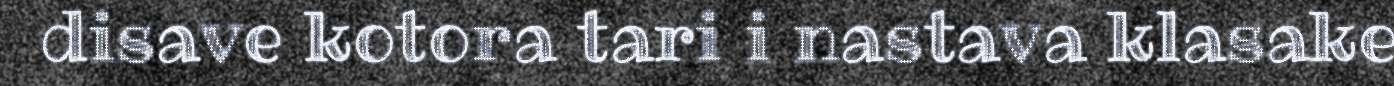
disave kotora tari i nastava klasake